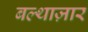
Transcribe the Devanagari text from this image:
बल्थाज़ार